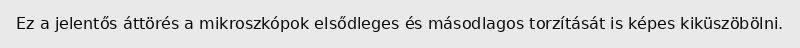
Ez a jelentős áttörés a mikroszkópok elsődleges és másodlagos torzítását is képes kiküszöbölni.